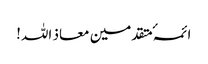
ائمہٴ متقدمین معاذ اللہ!